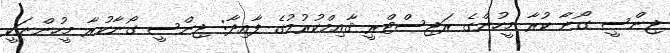
ޖިންސީ ގޯނާ ކުރާ މީހުންގެ ރަޖިސްޓްރީ ޤާއިމްކުރުމުގެ ފާއިދާ: ޖިންސީ ގޯނާކުރާ މީހުންނަކީ